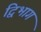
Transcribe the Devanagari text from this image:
द्विभाग